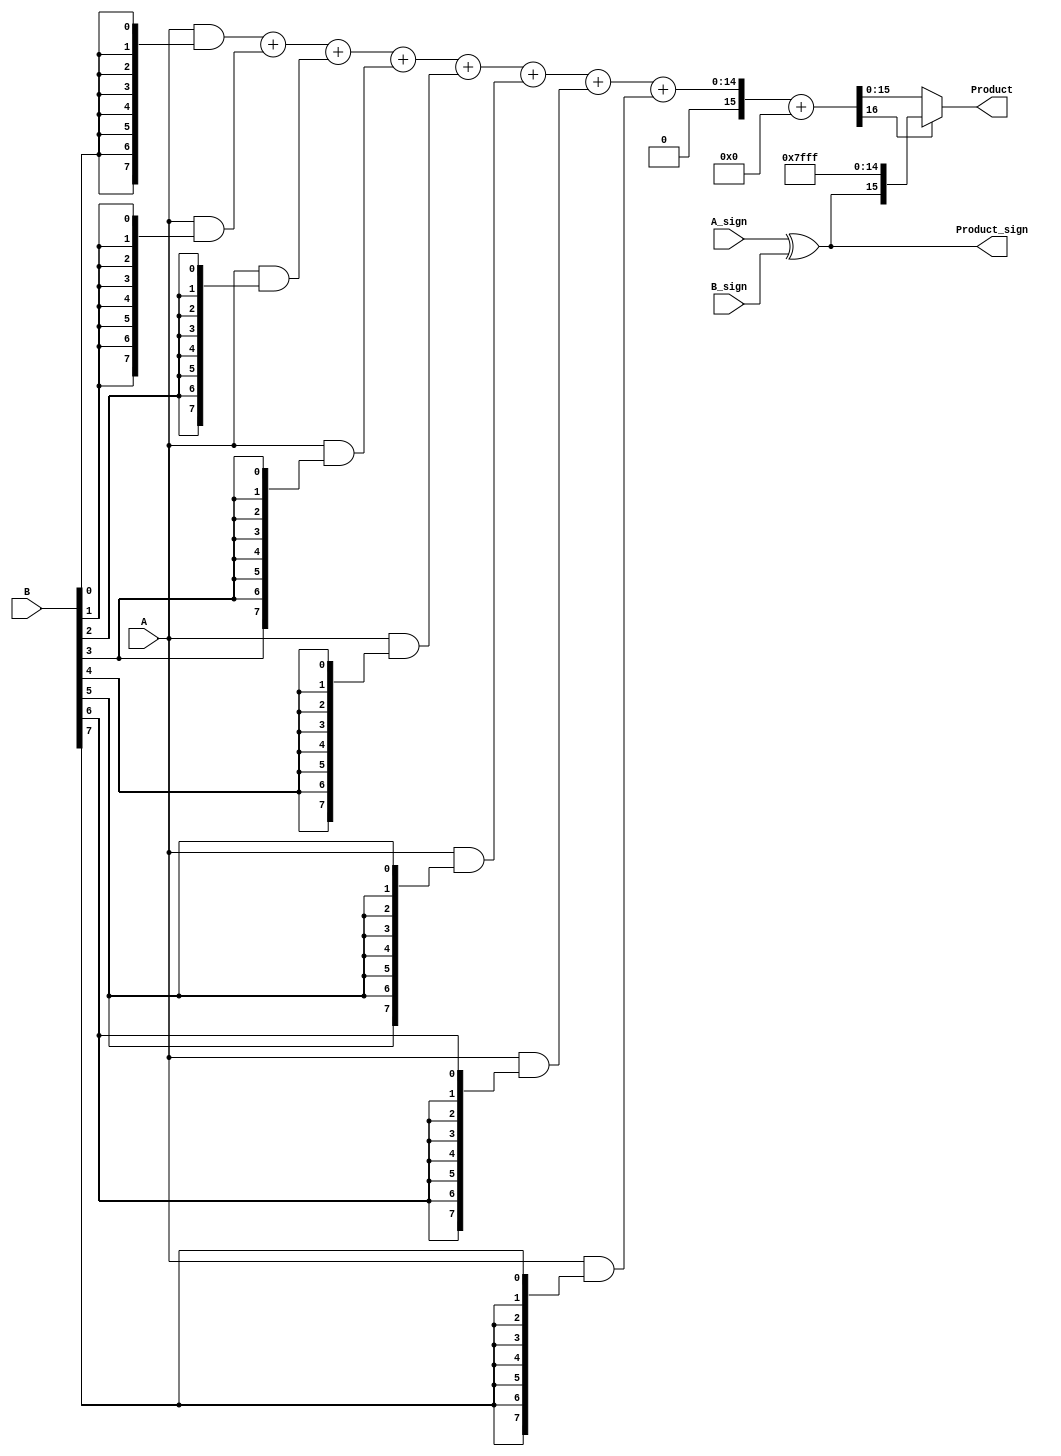
module FixedPointWallaceTreeMultiplier #(
    parameter N = 8, // Number of bits for operand A
    parameter M = 8  // Number of bits for operand B
)(
    input [N-1:0] A,          // First fixed-point operand
    input [M-1:0] B,          // Second fixed-point operand
    input A_sign,             // Sign bit of operand A
    input B_sign,             // Sign bit of operand B
    output reg [N+M-1:0] Product, // Fixed-point product output
    output reg Product_sign    // Sign bit of the resultant product
);

    // Partial product generation
    wire [N-1:0] partial_products[M-1:0];
    genvar i;
    generate
        for (i = 0; i < M; i = i + 1) begin : pp_gen
            assign partial_products[i] = A & {N{B[i]}};
        end
    endgenerate

    // Wallace Tree Reduction
    wire [N+M-1:0] sum [M-1:0];
    wire [M-1:0] carry [M-1:0];

    // Initial stage of reduction
    generate
        for (i = 0; i < M; i = i + 1) begin : reduction_stage
            if (i == 0) begin
                assign sum[i] = partial_products[i];
                assign carry[i] = 0;
            end else begin
                wire [N+M-1:0] temp_sum;
                wire [N+M-1:0] temp_carry;
                // Full adder logic
                assign {temp_carry, temp_sum} = sum[i-1] + partial_products[i];
                assign sum[i] = temp_sum;
                assign carry[i] = temp_carry;
            end
        end
    endgenerate

    // Final addition of the last two sums
    wire [N+M-1:0] final_sum;
    wire final_carry;
    assign {final_carry, final_sum} = sum[M-1] + carry[M-1];

    // Sign handling
    always @(*) begin
        Product_sign = A_sign ^ B_sign; // XOR for sign of product
        Product = final_sum; // Assign the final product
        // Handle overflow and sign extension if necessary
        if (final_carry) begin
            // Handle overflow case (optional, depending on design requirements)
            Product = {Product_sign, {N+M-1{1'b1}}}; // Set to max negative if overflow
        end
    end

endmodule